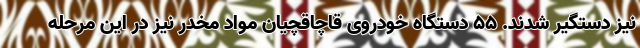
نیز دستگیر شدند. ۵۵ دستگاه خودروی قاچاقچیان مواد مخدر نیز در این مرحله